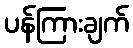
ပန်ကြားချက်